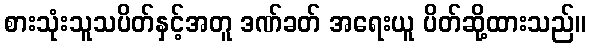
စားသုံးသူသပိတ်နှင့်အတူ ဒဏ်ခတ် အရေးယူ ပိတ်ဆို့ထားသည်။